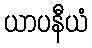
ယာပနီယံ